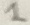
Text: 1